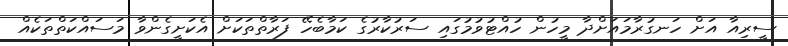
ސީރިއާ އަށް ހަނގުރާމައަށްދާ މީހުން ހުއްޓުވުމުގައި ސަރުކާރުގެ ކަމާބެހޭ ފަރާތްތަކަށް އެކަށީގެންވާ މަސައްކަތްތަކެއް